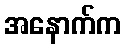
အနောက်က